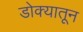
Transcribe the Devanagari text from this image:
डोक्‍यातून